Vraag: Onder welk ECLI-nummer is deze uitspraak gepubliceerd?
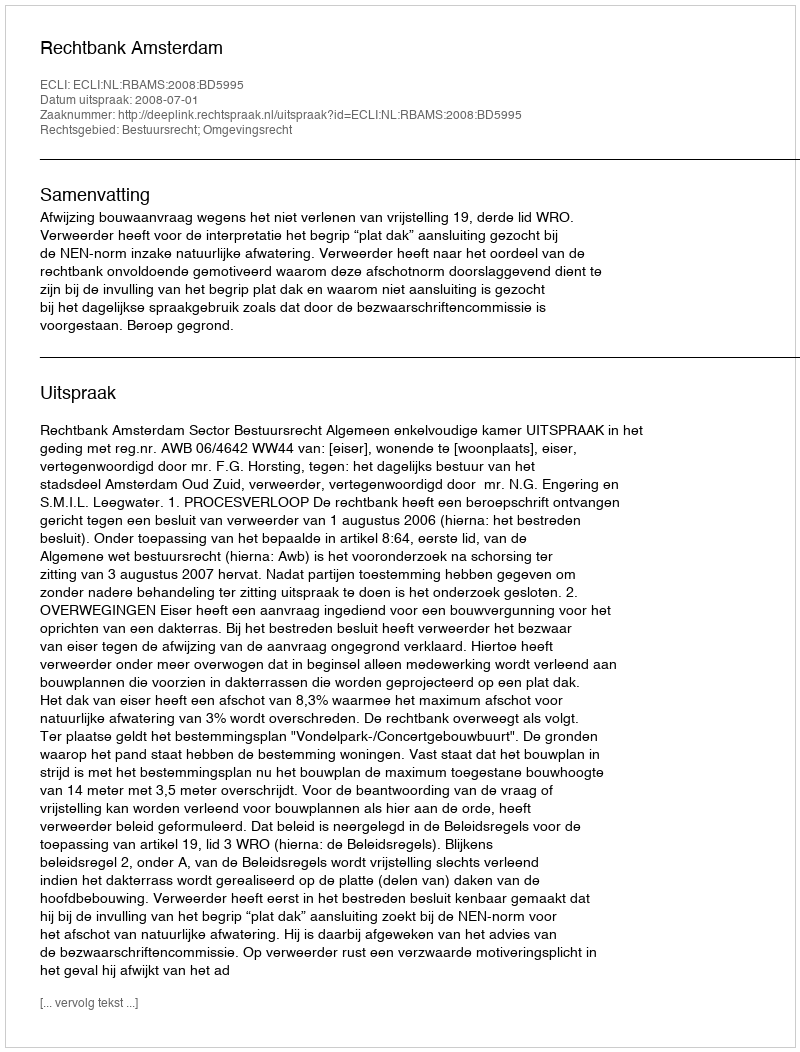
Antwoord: ECLI:NL:RBAMS:2008:BD5995